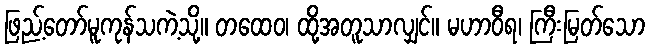
ဖြည့်တော်မူကုန်သကဲ့သို့။ တထေဝ၊ ထို့အတူသာလျှင်။ မဟာဝီရ၊ ကြီးမြတ်သော